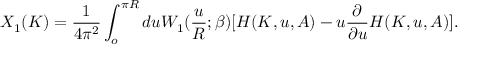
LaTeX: X _ { 1 } ( K ) = \frac { 1 } { 4 \pi ^ { 2 } } \int _ { o } ^ { \pi R } d u W _ { 1 } ( \frac { u } { R } ; \beta ) [ H ( K , u , A ) - u \frac { \partial } { \partial u } H ( K , u , A ) ] .